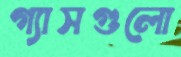
গ্যাসগুলো